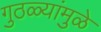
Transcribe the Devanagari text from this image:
गुठळ्यांमुळे